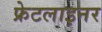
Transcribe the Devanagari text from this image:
फ्रेटलाइनर